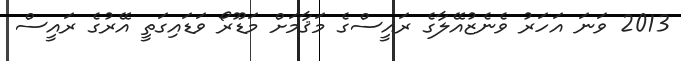
2013 ވަނަ އަހަރު ވެނެޒުއޭލާގެ ރައީސްގެ މަޤާމަށް މަޑޫރޯ ވަޑައިގަތީ އޭރުގެ ރައީސް